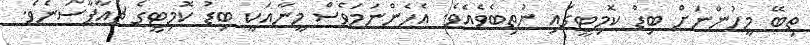
ތިބޭ މީހުންނަށް ބިޑް ކޮމިޓީގައި ނުތިބެވެއެވެ. އެހެންނަމަވެސް މީނާއަކީ ބިޑު ކޮމިޓީގެ ޗެއާޕާސަނެވެ.